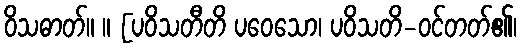
ဝိသဓာတ်။ ။ [ပဝိသတီတိ ပဝေသော၊ ပဝိသတိ-ဝင်တတ်၏၊